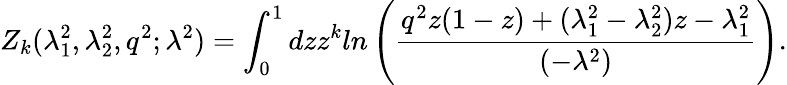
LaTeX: Z_{k}(\lambda_{1}^{2},\lambda_{2}^{2},q^{2};\lambda^{2})=\int_{0}^{1}dzz^{k}ln\left(\frac{q^{2}z(1-z)+(\lambda_{1}^{2}-\lambda_{2}^{2})z-\lambda_{1}^{2}}{(-\lambda^{2})}\right).